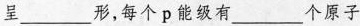
呈___形，每个p能级有___个原子